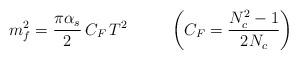
LaTeX: \begin{align*}m_f^2 = \frac{\pi \alpha_s}{2} \, C_F \, T^2 \;\;\;\;\;\;\;\;\; \left( C_F = \frac{N_c^2 - 1}{2 N_c} \right) \end{align*}